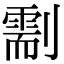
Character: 𠟺